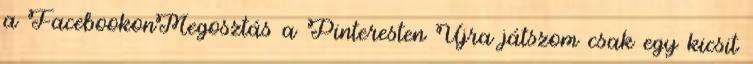
a FacebookonMegosztás a Pinteresten Újra játszom csak egy kicsit